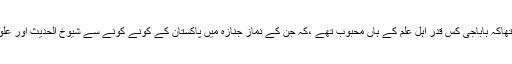
اس طرح جم غفیر تھا جس سے ثابت ہوگیا تھاکہ باباجی کس قدر اہل علم کے ہاں محبوب تھے ،کہ جن کے نماز جنازہ میں پاکستان کے کونے کونے سے شیوخ الحدیث اور علوم نبوت کے طلبا تشریف لائے ہوئے تھے ۔